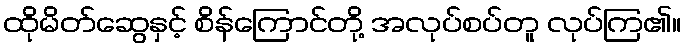
ထိုမိတ်ဆွေနှင့် စိန်ကြောင်တို့ အလုပ်စပ်တူ လုပ်ကြ၏။